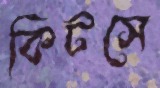
কিটসে